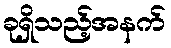
ခုရှိသည့်အနက်